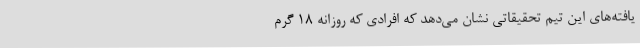
یافته‌های این تیم تحقیقاتی نشان می‌دهد که افرادی كه روزانه ۱۸ گرم